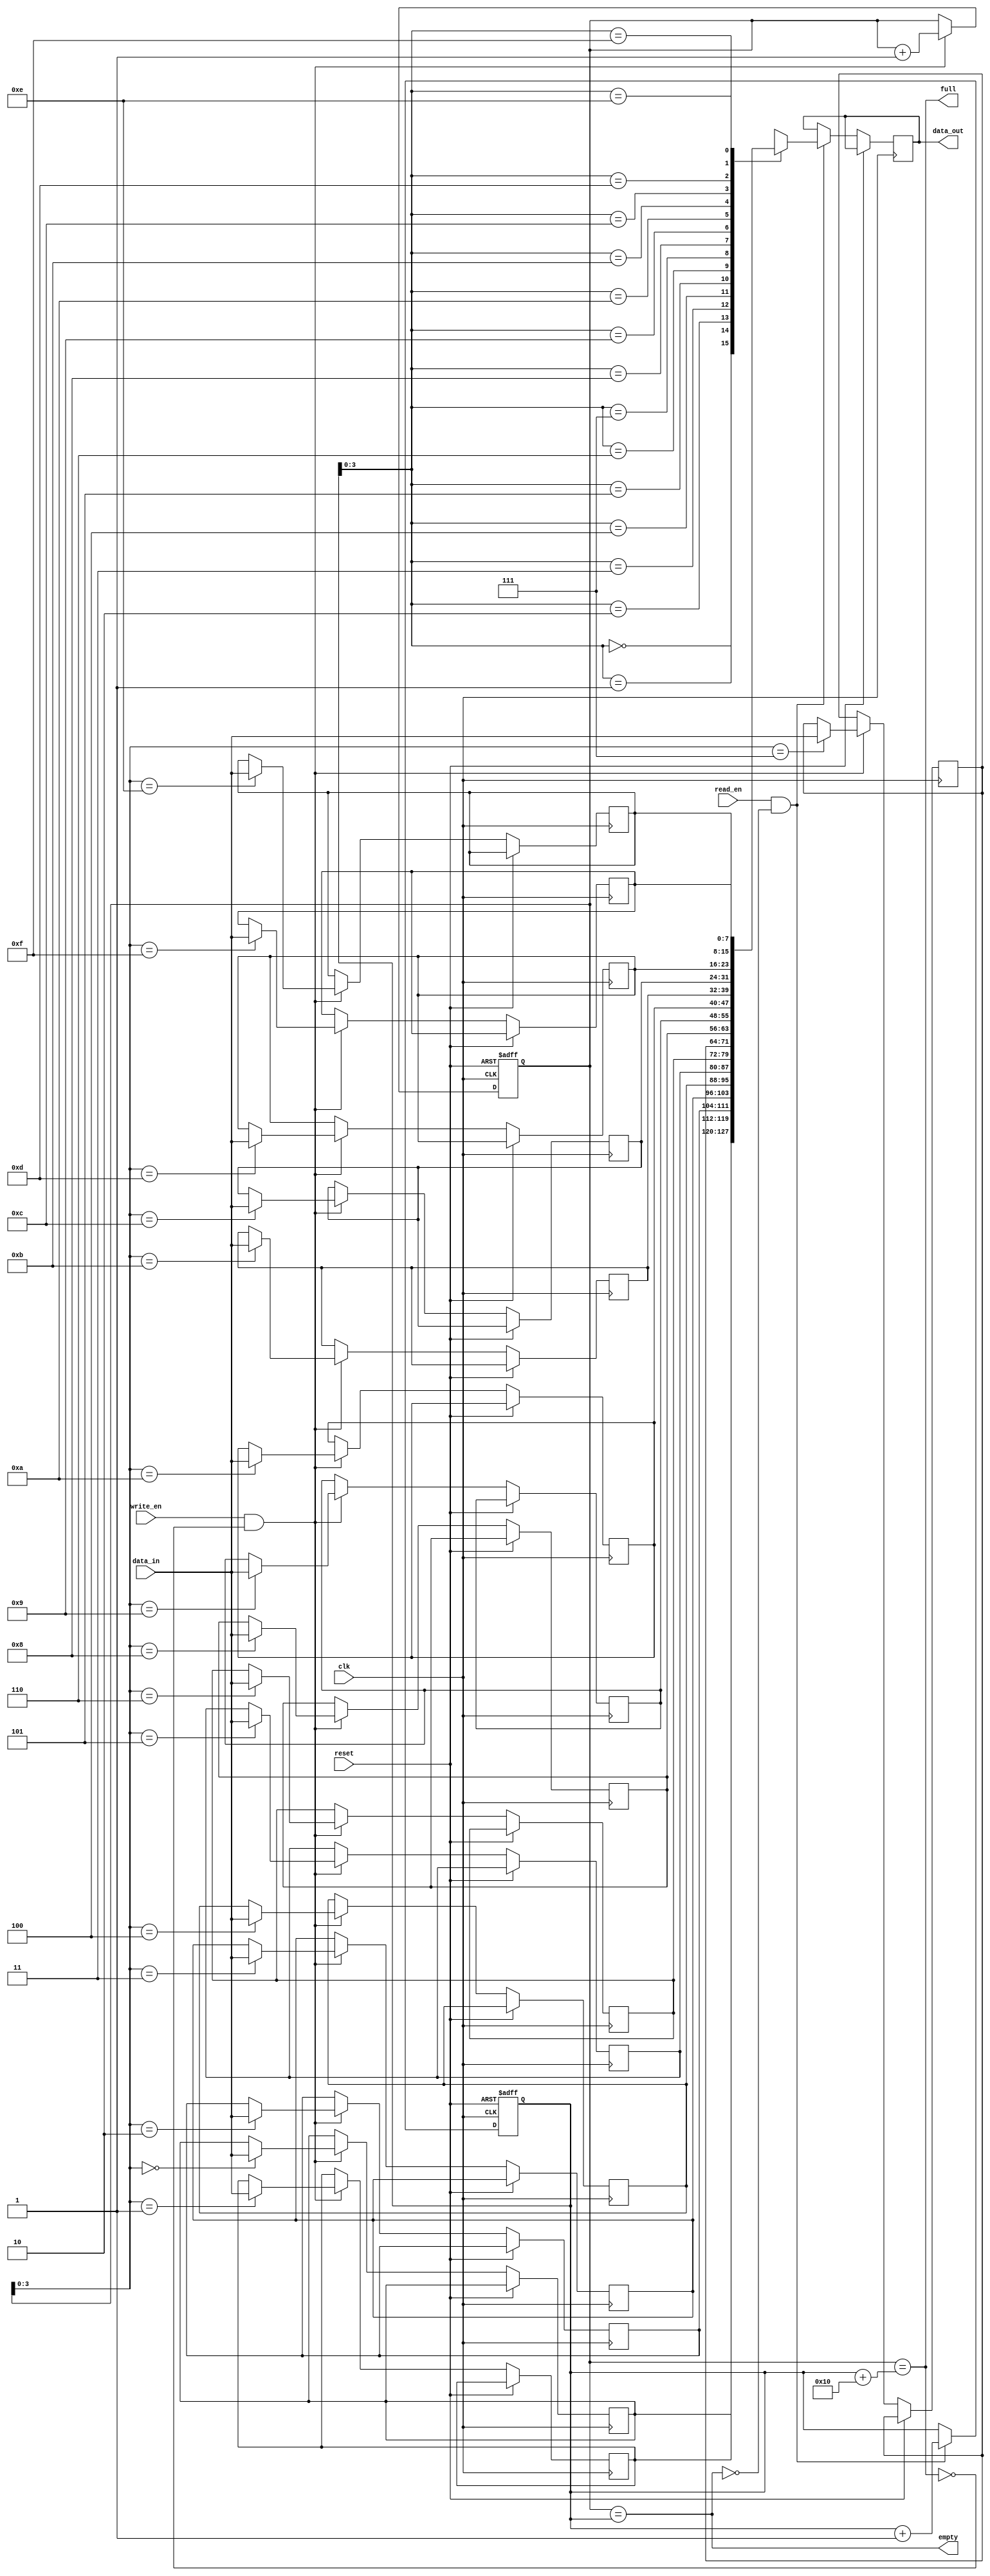
module fifo (
  input wire clk,
  input wire reset,
  input wire write_en,
  input wire read_en,
  input wire [WIDTH-1:0] data_in,
  output reg [WIDTH-1:0] data_out,
  output wire full,
  output wire empty
);

parameter WIDTH = 8;
parameter DEPTH = 16;

reg [WIDTH-1:0] fifo [DEPTH-1:0];
reg [4:0] wr_ptr, rd_ptr;

assign full = (wr_ptr == rd_ptr + DEPTH);
assign empty = (wr_ptr == rd_ptr);

always @(posedge clk or posedge reset) begin
  if (reset) begin
    wr_ptr <= 0;
    rd_ptr <= 0;
  end else begin
    if (write_en && !full) begin
      fifo[wr_ptr] <= data_in;
      wr_ptr <= wr_ptr + 1;
    end
    if (read_en && !empty) begin
      data_out <= fifo[rd_ptr];
      rd_ptr <= rd_ptr + 1;
    end
  end
end

endmodule